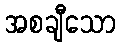
အစချီသော